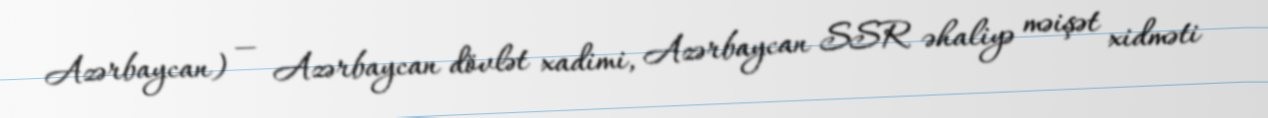
Azərbaycan) — Azərbaycan dövlət xadimi, Azərbaycan SSR əhaliyə məişət xidməti